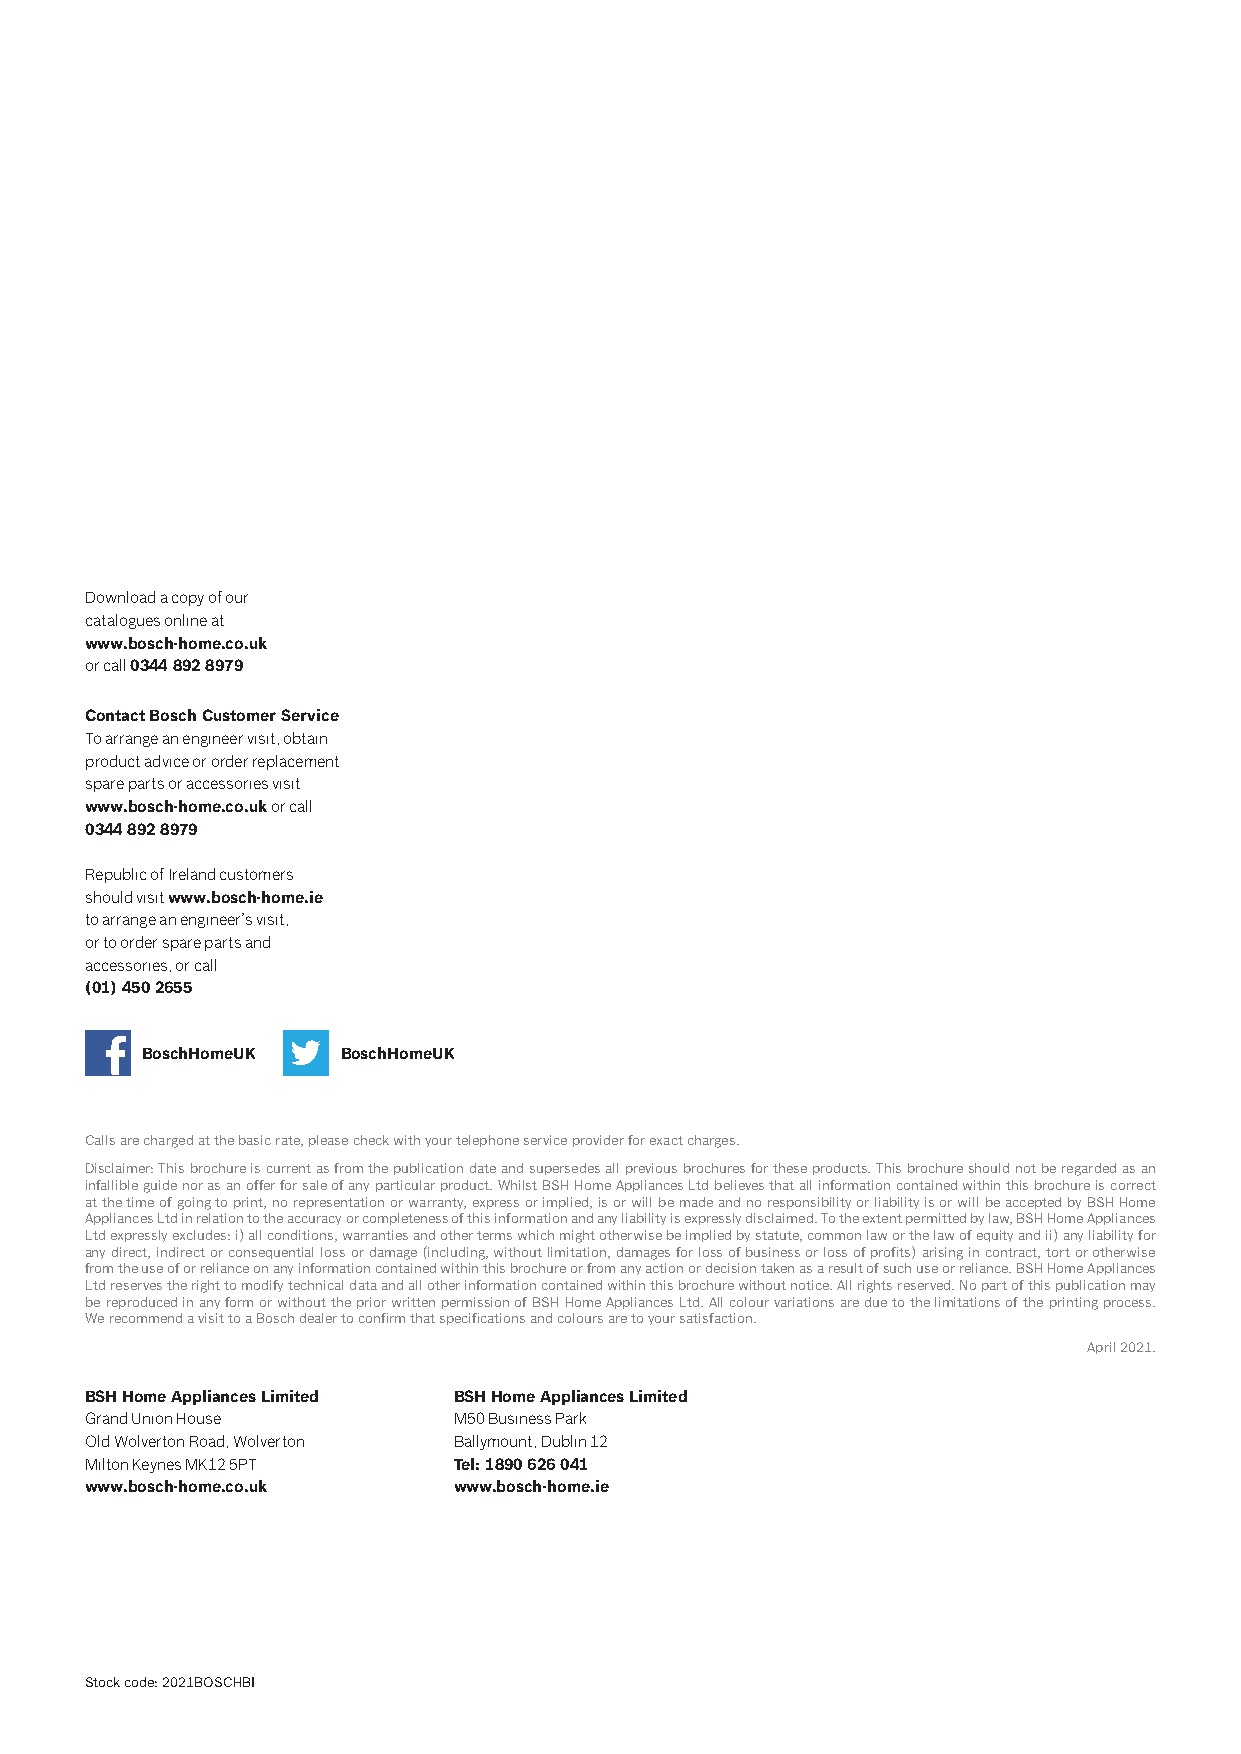
Download a copy of our
 catalogues online at
 www.bosch-home.co.uk
 or call 0344 892 8979
 Contact Bosch Customer Service
 To arrange an engineer visit, obtain
 product advice or order replacement
 spare parts or accessories visit
 www.bosch-home.co.uk or call
 0344 892 8979
 Republic of Ireland customers
 should visit www.bosch-home.ie
 to arrange an engineer’s visit,
 or to order spare parts and
 accessories, or call
 (01) 450 2655
 BoschHomeUK  BoschHomeUK
 Calls are charged at the basic rate, please check with your telephone service provider for exact charges.
 Disclaimer: This brochure is current as from the publication date and supersedes all previous brochures for these products. This brochure should not be regarded as an
 infallible guide nor as an offer for sale of any particular product. Whilst BSH Home Appliances Ltd believes that all information contained within this brochure is correct
 at the time of going to print, no representation or warranty, express or implied, is or will be made and no responsibility or liability is or will be accepted by BSH Home
 Appliances Ltd in relation to the accuracy or completeness of this information and any liability is expressly disclaimed. To the extent permitted by law, BSH Home Appliances
 Ltd expressly excludes: i) all conditions, warranties and other terms which might otherwise be implied by statute, common law or the law of equity and ii) any liability for
 any direct, indirect or consequential loss or damage (including, without limitation, damages for loss of business or loss of profits) arising in contract, tort or otherwise
 from the use of or reliance on any information contained within this brochure or from any action or decision taken as a result of such use or reliance. BSH Home Appliances
 Ltd reserves the right to modify technical data and all other information contained within this brochure without notice. All rights reserved. No part of this publication may
 be reproduced in any form or without the prior written permission of BSH Home Appliances Ltd. All colour variations are due to the limitations of the printing process.
 We recommend a visit to a Bosch dealer to confirm that specifications and colours are to your satisfaction.
 April 2021.
 BSH Home Appliances Limited BSH Home Appliances Limited
 Grand Union House        M50 Business Park
 Old Wolverton Road, Wolverton Ballymount, Dublin 12
 Milton Keynes MK12 5PT   Tel: 1890 626 041
 www.bosch-home.co.uk     www.bosch-home.ie
 Stock code: 2021BOSCHBI
 BBoosscchh__BBII__22002211__11__CCTT000011__FFCC__BBCC..iinndddd 55    2288//0044//22002211 1100::0099